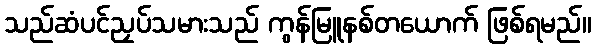
သည်ဆံပင်ညှပ်သမားသည် ကွန်မြူနစ်တယောက် ဖြစ်ရမည်။